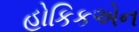
હોકિકએન